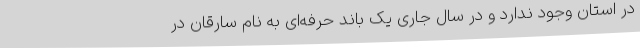
در استان وجود ندارد و در سال جاری یک باند حرفه‌ای به نام سارقان در